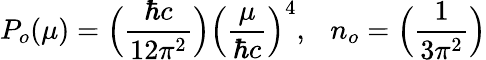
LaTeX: P_{o}(\mu)=\Big({\frac{\hbar c}{12\pi^{2}}}\Big)\Big({\frac{\mu}{\hbar c}}\Big)^{4},\ \ \ n_{o}=\Big({\frac{1}{3\pi^{2}}}\Big)